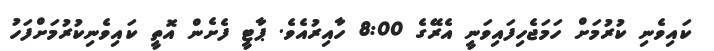
ކައިވެނި ކުރުމަށް ހަމަޖެހިފައިވަނީ އެރޭގެ 8:00 ހާއިރުއެވެ. ޕާޓީ ފެށެން އޮތީ ކައިވެނިކުރުމަށްފަހު